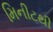
મિનીટથી